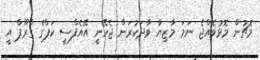
މެޗުން މޮޅުވެއްޖެ ނަމަ މާޒިޔާ ވާދަކުރަން ޖެހޭނީ އޭއެފްސީ ކަޕްގެ ގްރޫޕް އީ